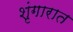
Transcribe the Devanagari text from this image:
शृंगारात